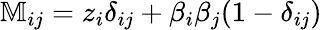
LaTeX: \mathbb{M}_{ij}=z_{i}\delta_{ij}+\beta_{i}\beta_{j}(1-\delta_{ij})